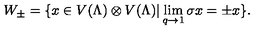
W _ { \pm } = \{ x \in V ( \Lambda ) \otimes V ( \Lambda ) | \lim _ { q \rightarrow 1 } \sigma x = \pm x \} .